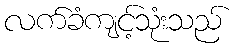
လက်ခံကျင့်သုံးသည်